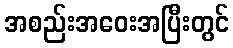
အစည်းအဝေးအပြီးတွင်